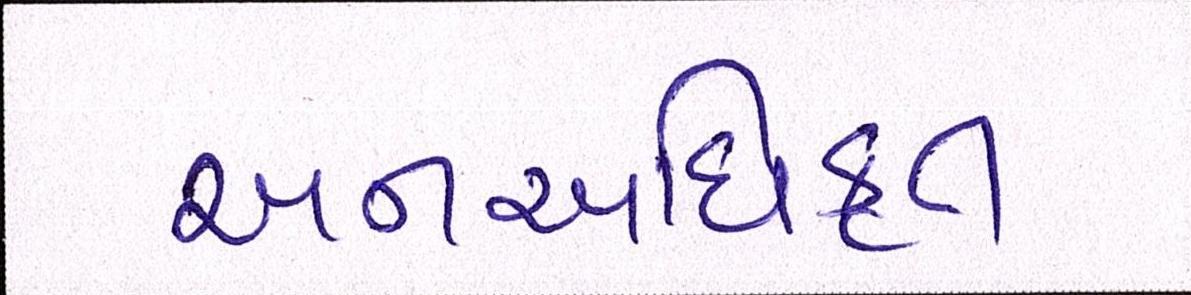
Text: અનઅધિકૃત